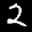
Label: 2